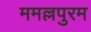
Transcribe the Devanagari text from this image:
ममल्लपुरम